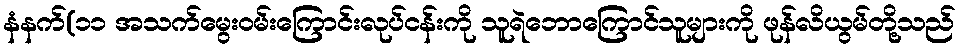
နံနက်(၁၁ အသက်မွေးဝမ်းကြောင်းလုပ်ငန်းကို သူရဲဘောကြောင်သူများကို ဖုန်လိယွမ်တို့သည်